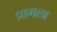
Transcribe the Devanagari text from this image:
प्रागला